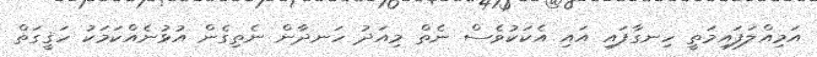
އަމިއްލަފައިމަތީ ހިނގާފައި އައި އެކަކުވެސް ނެތް މިއަދު ހަނދާން ނެތިގެން އުޅުނެއްކަމަކު ހަޤީގަތް